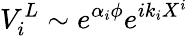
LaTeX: V_{i}^{L}\sim e^{\alpha_{i}\phi}e^{ik_{i}X^{i}}